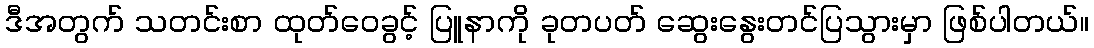
ဒီအတွက် သတင်းစာ ထုတ်ဝေခွင့် ပြူနာကို ခုတပတ် ဆွေးနွေးတင်ပြသွားမှာ ဖြစ်ပါတယ်။